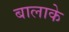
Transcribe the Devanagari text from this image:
बालाके